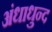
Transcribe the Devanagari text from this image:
अंधाधुन्द